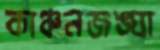
কাঞ্চনজঙ্ঘা